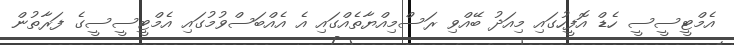
އެމްޓީސީސީ ހެޑް އޮފީހުގައި މިއަދު ބޭއްވި ރަސްމިއްޔާތެއްގައި އެ އެއްބަސްވުމުގައި އެމްޓީސީސީގެ ފަރާތުން